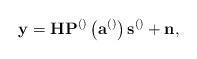
LaTeX: \begin{align*}\mathbf{y}=\mathbf{H}\mathbf{P}^{\left(\right)}\left(\mathbf{a}^{\left(\right)}\right)\mathbf{s}^{\left(\right)}+\mathbf{n}, \end{align*}